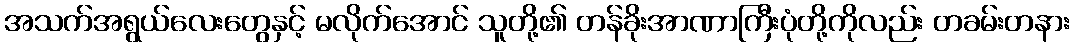
အသက်အရွယ်လေးတွေနှင့် မလိုက်အောင် သူတို့၏ တန်ခိုးအာဏာကြီးပုံတို့ကိုလည်း တခမ်းတနား